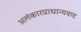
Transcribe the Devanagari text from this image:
अलंकारप्राधान्यवाद